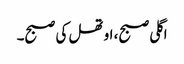
اگلی صبح، اوتھل کی صبح۔